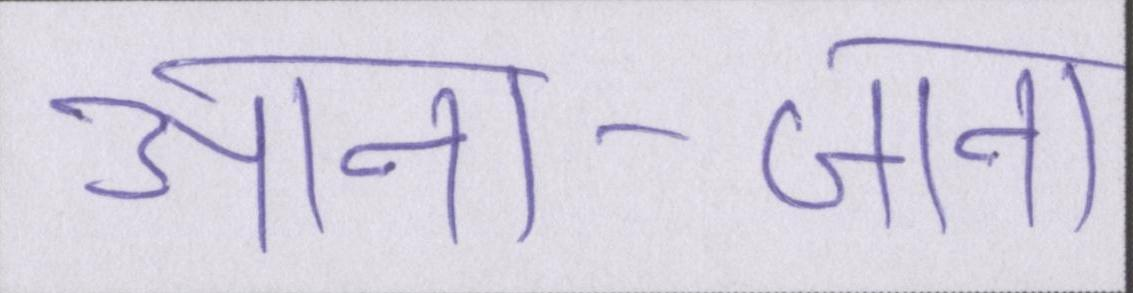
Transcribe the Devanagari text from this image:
आना-जाना